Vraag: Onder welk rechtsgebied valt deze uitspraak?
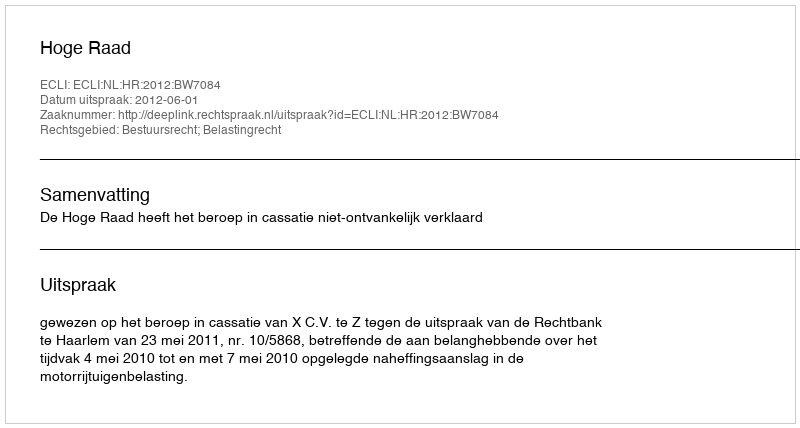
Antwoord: Bestuursrecht; Belastingrecht